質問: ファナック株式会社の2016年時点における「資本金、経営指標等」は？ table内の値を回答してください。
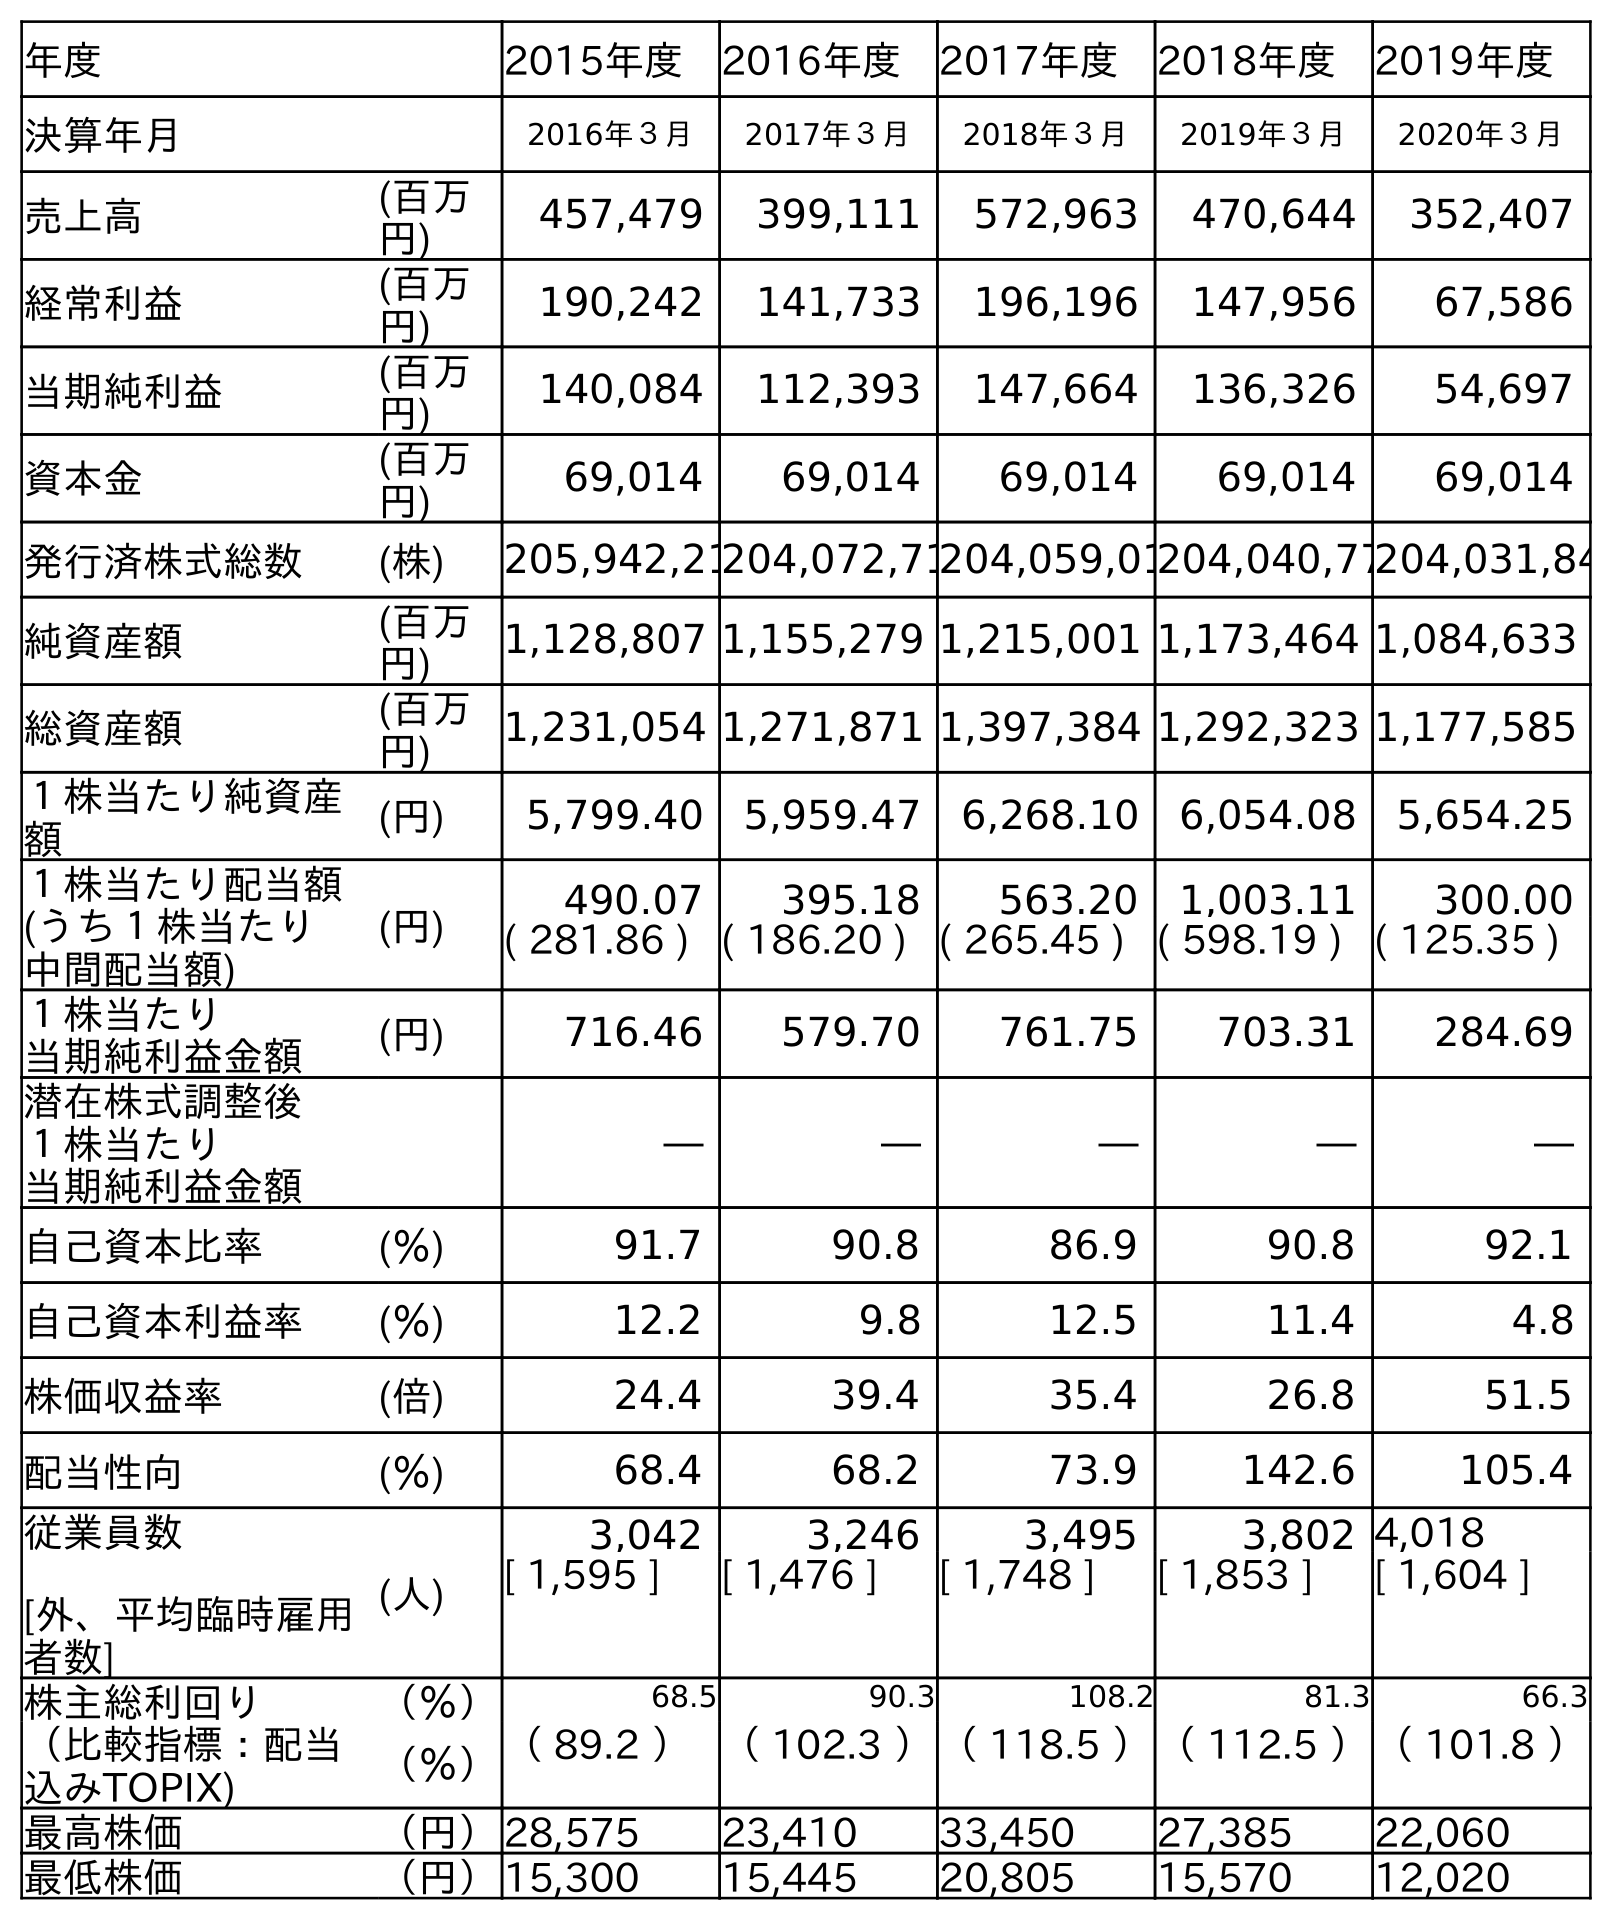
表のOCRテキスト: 年度 2015年度 2016年度 2017年度 2018年度 2019年度 決算年月 2016年３月 2017年３月 2018年３月 2019年３月 2020年３月 売上高 (百万 円) 457,479 399,111 572,963 470,644 352,407 経常利益 (百万 円) 190,242 141,733 196,196 147,956 67,586 当期純利益 (百万 円) 140,084 112,393 147,664 136,326 54,697 資本金 (百万 円) 69,014 69,014 69,014 69,014 69,014 発行済株式総数 (株) 205,942,21204,072,71204,059,01204,040,77204,031,84 純資産額 (百万 円) 1,128,807 1,155,279 1,215,001 1,173,464 1,084,633 総資産額 (百万 円) 1,231,054 1,271,871 1,397,384 1,292,323 1,177,585 １株当たり純資産 額 (円) 5,799.40 5,959.47 6,268.10 6,054.08 5,654.25 １株当たり配当額 (うち１株当たり 中間配当額) (円) 490.07 395.18 563.20 1,003.11 300.00 ( 281.86 ) ( 186.20 ) ( 265.45 ) ( 598.19 ) ( 125.35 ) １株当たり 当期純利益金額 (円) 716.46 579.70 761.75 703.31 284.69 潜在株式調整後 １株当たり 当期純利益金額 ― ― ― ― ― 自己資本比率 (％) 91.7 90.8 86.9 90.8 92.1 自己資本利益率 (％) 12.2 9.8 12.5 11.4 4.8 株価収益率 (倍) 24.4 39.4 35.4 26.8 51.5 配当性向 (％) 68.4 68.2 73.9 142.6 105.4 従業員数 [外、平均臨時雇用 者数] (人) 3,042 3,246 3,495 3,802 4,018 [ 1,595 ] [ 1,476 ] [ 1,748 ] [ 1,853 ] [ 1,604 ] 株主総利回り （％） 68.5 90.3 108.2 81.3 66.3 （比較指標：配当 込みTOPIX) （％）（ 89.2 ）（ 102.3 ）（ 118.5 ）（ 112.5 ）（ 101.8 ） 最高株価 （円）28,575 23,410 33,450 27,385 22,060 最低株価 （円）15,300 15,445 20,805 15,570 12,020
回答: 69,014